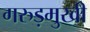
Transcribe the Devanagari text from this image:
गरुड़मुखी